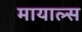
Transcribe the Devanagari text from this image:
मायाल्स